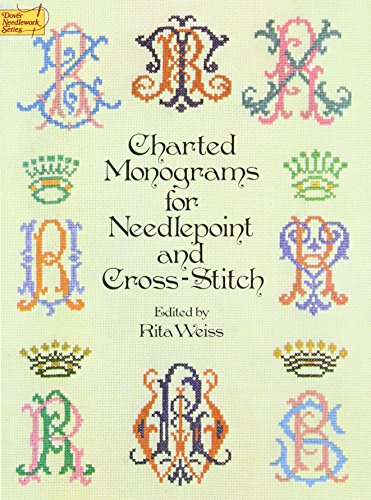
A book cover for Charted Monograms for Needlepoint and Cross-Stitch (Dover Embroidery, Needlepoint); Crafts, Hobbies & Home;